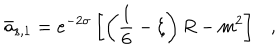
LaTeX: \bar { a } _ { s , 1 } = e ^ { - 2 \sigma } \left[ \left( \frac 1 6 - \xi \right) R - m ^ { 2 } \right] ,